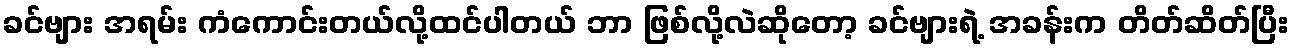
ခင်ဗျား အရမ်း ကံကောင်းတယ်လို့ထင်ပါတယ် ဘာ ဖြစ်လို့လဲဆိုတော့ ခင်ဗျားရဲ့ အခန်းက တိတ်ဆိတ်ပြီး